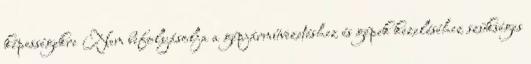
képességekre Nem befolyásolja a gépjárművezetéshez és gépek kezeléséhez szükséges